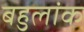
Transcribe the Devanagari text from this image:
बहुलांक